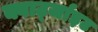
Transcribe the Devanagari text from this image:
क्वार्ट्जाइट